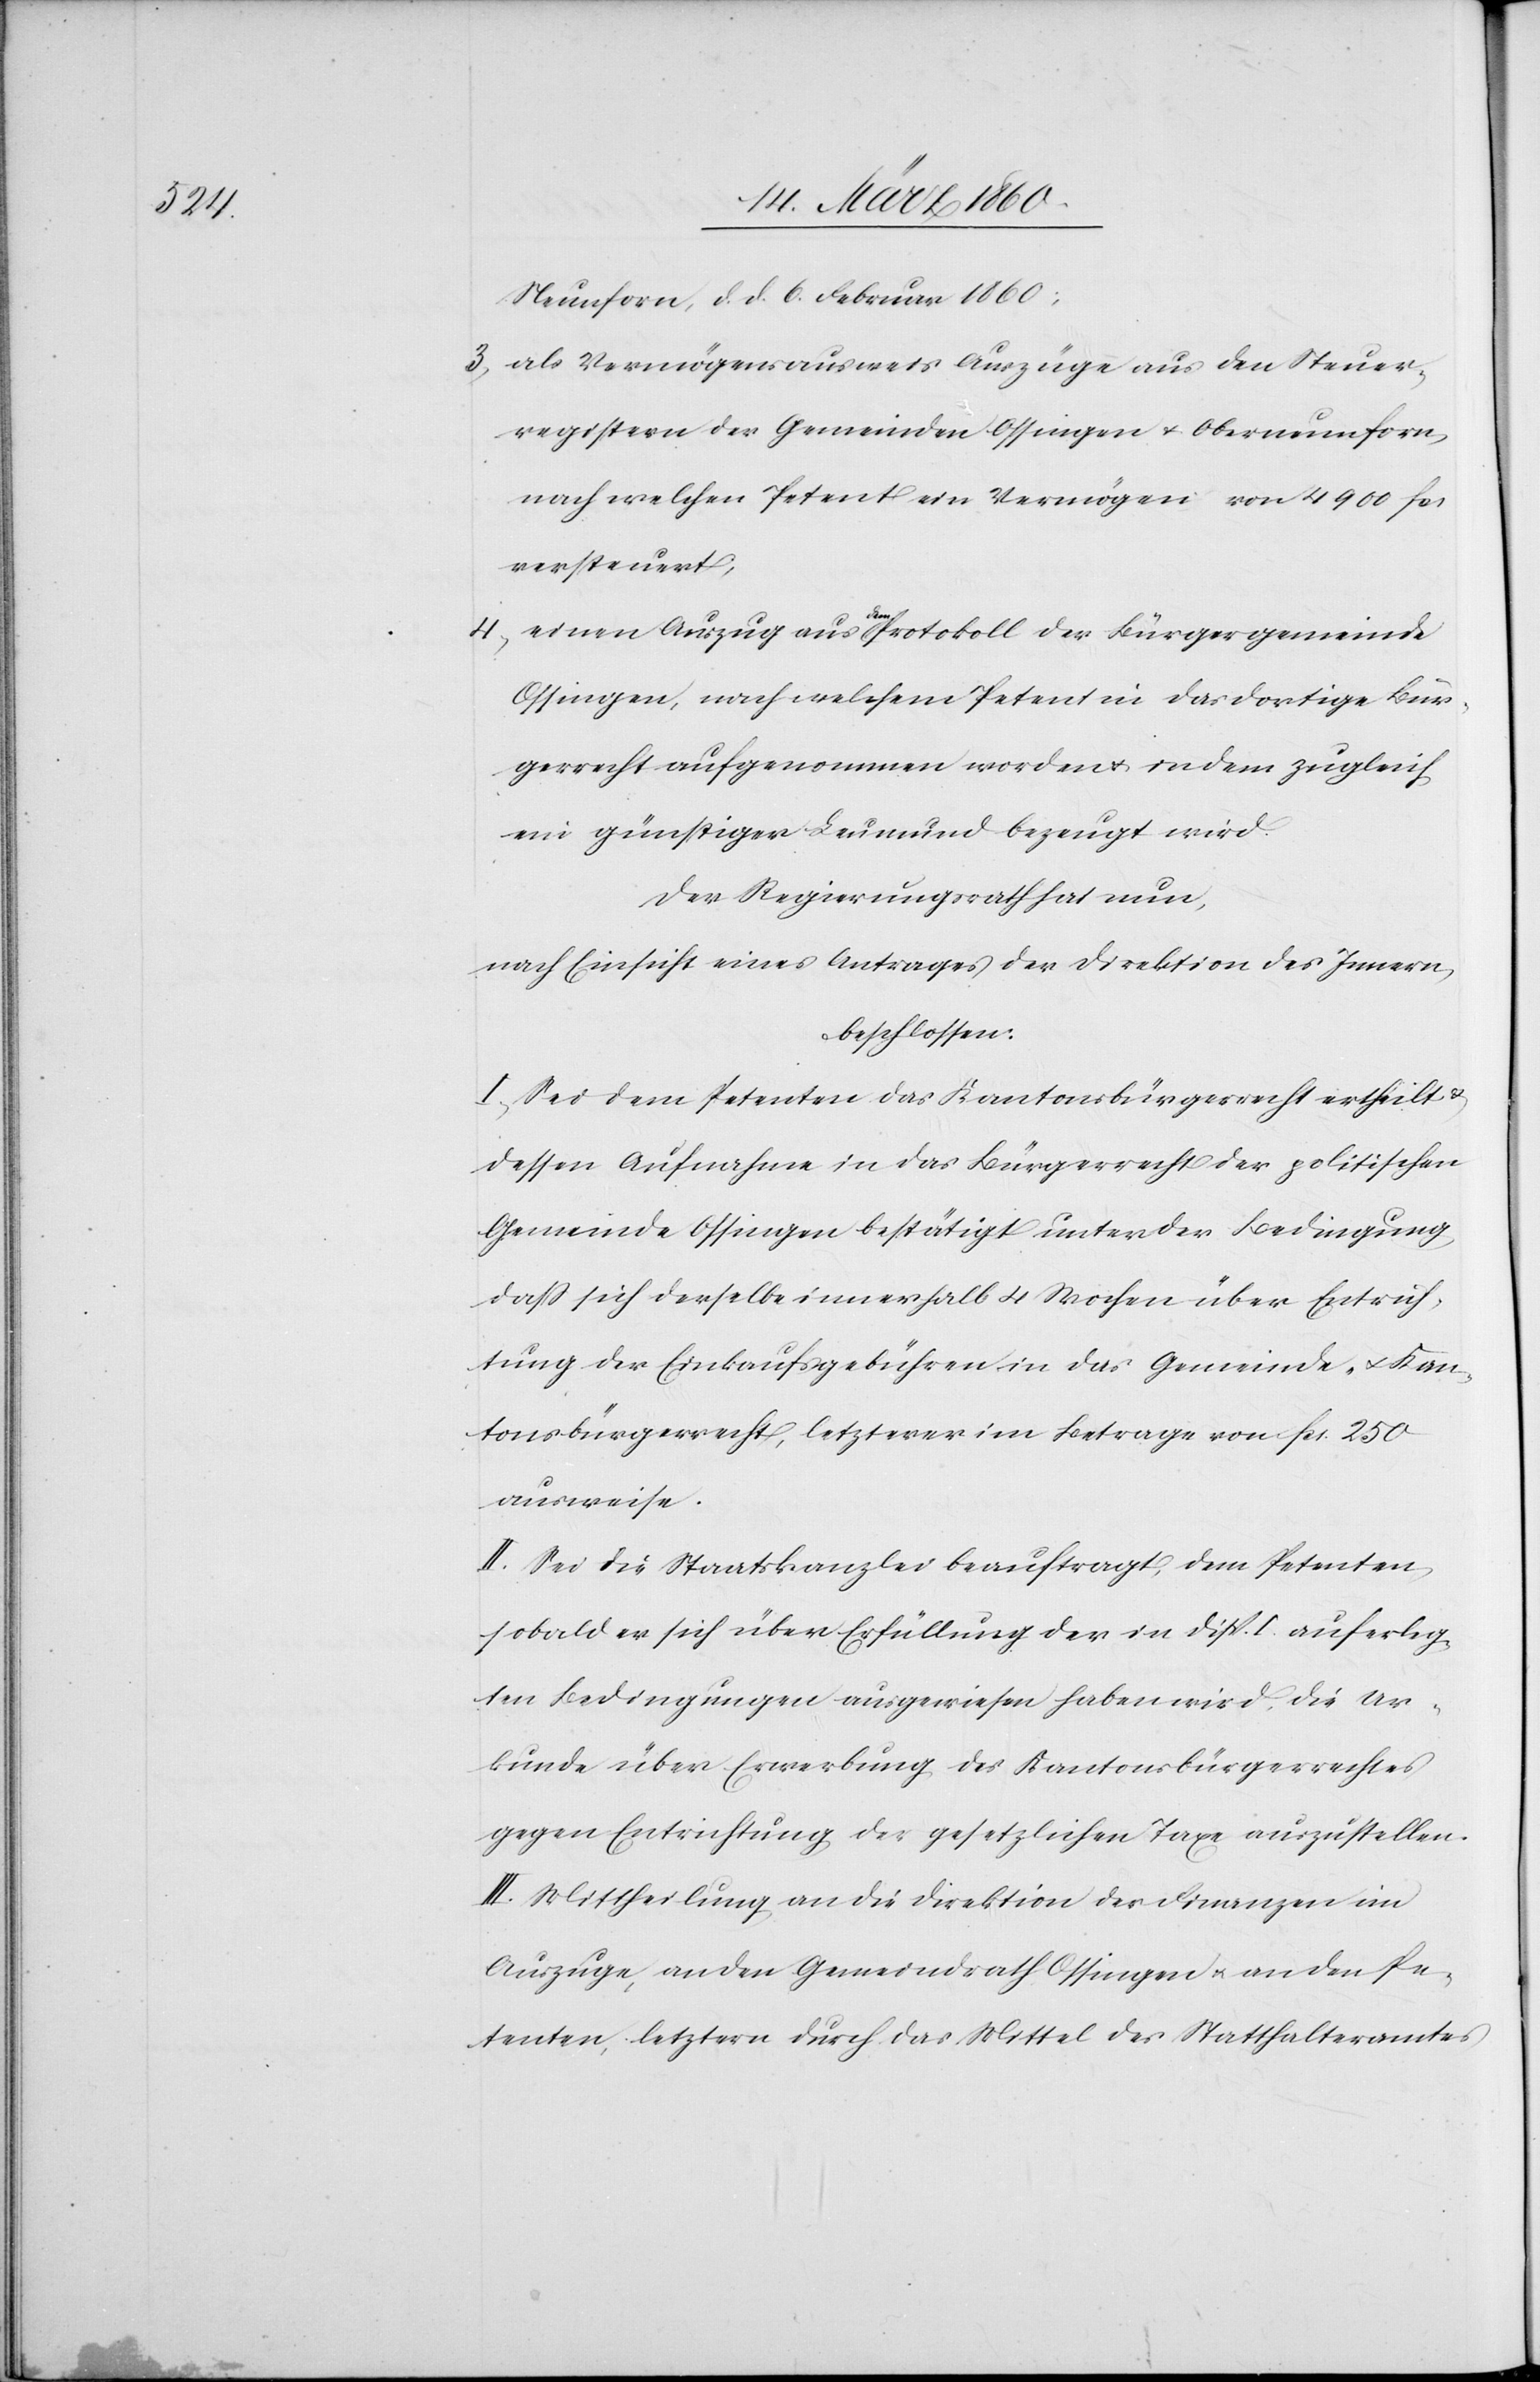
Neunforn, d. d. 6. Februar 1860;
3. als Vermögensausweis Auszüge aus den Steuer¬
registern der Gemeinden Ossingen u. Oberneunforn,
nach welchen Petent ein Vermögen von 4900 fcs.
versteuert;
4. einen Auszug aus dem Protokoll der Bürgergemeinde
Ossingen, nach welchem Petent in das dortige Bür¬
gerrecht aufgenommen worden u. in dem zugleich
ein günstiger Leumund bezeugt wird.
Der Regierungsrath hat nun,
nach Einsicht eines Antrages der Direktion des Innern,
beschlossen:
I. Sei dem Petenten das Kantonsbürgerrecht ertheilt u.
dessen Aufnahme in das Bürgerrecht der politischen
Gemeinde Ossingen bestätigt unter der Bedingung
dass sich derselbe innerhalb 4 Wochen über Entrich¬
tung der Einkaufsgebühren in das Gemeinde- u. Kan¬
tonsbürgerrecht, letzterer im Betrage von fcs. 250
ausweise.
II. Sei die Staatskanzlei beauftragt, dem Petenten,
sobald er sich über Erfüllung der in Disp. I: auferleg¬
ten Bedingungen ausgewiesen haben wird. Die Ur¬
kunde über Erwerbung des Kantonsbürgerrechtes
gegen Entrichtung der gesetzlichen Taxe auszustellen.
III. Mittheilung an die Direktion der Finanzen im
Auszuge, an den Gemeindrath Ossingen u. an den Pe¬
tenten, letztern durch das Mittel des Statthalteramtes